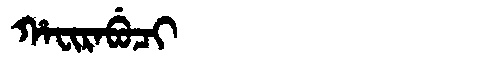
Manchu: ᡥᠠᠸᡳᡵᠠᠪᡠᠴᡳ
Romanization: HAFIRABUCI